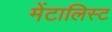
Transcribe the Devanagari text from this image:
मेंटालिस्ट